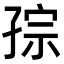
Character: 孮